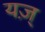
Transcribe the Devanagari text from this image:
यज़्